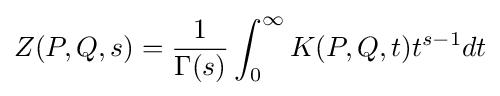
Z(P,Q,s)={\frac {1}{\Gamma (s)}}\int _{0}^{\infty }K(P,Q,t)t^{s-1}dt